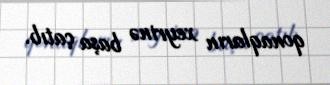
qonaqların xeyrinə başa çatıb.